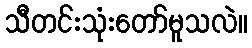
သီတင်းသုံးတော်မူသလဲ။